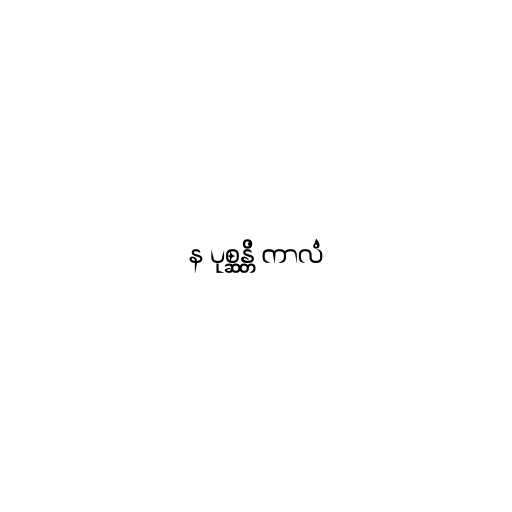
န ပုစ္ဆန္တိ ကာလံ